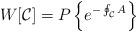
LaTeX: \begin{align*}W[{\cal C}]= P\left\{e^{-\oint_{\cal C} A}\right\}\end{align*}